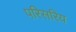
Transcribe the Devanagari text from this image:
परिसरिय